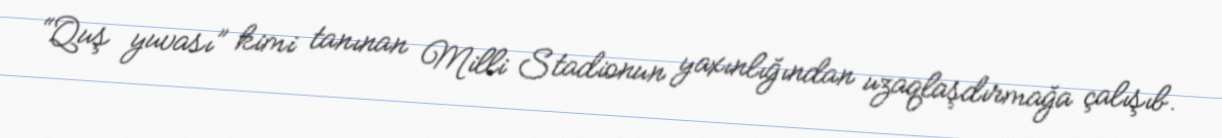
“Quş yuvası” kimi tanınan Milli Stadionun yaxınlığından uzaqlaşdırmağa çalışıb.